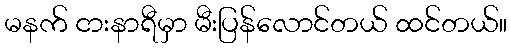
မနက် ငားနာရီမှာ မီးပြန်လောင်တယ် ထင်တယ်။